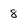
Character: 8